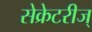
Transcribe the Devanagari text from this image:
सेक्रेटरीज्